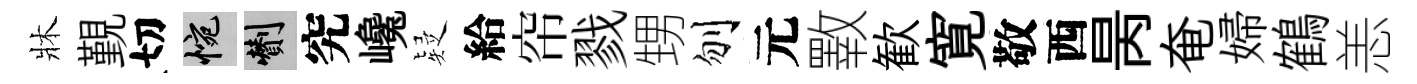
牀覲切惋剪究巉疑給帘戮甥刎元斁歓寛敬西昺奄婦鶴恙